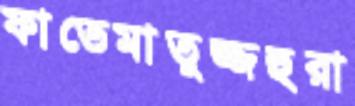
ফাতেমাতুজ্জহুরা